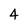
Character: 4